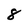
Character: 8